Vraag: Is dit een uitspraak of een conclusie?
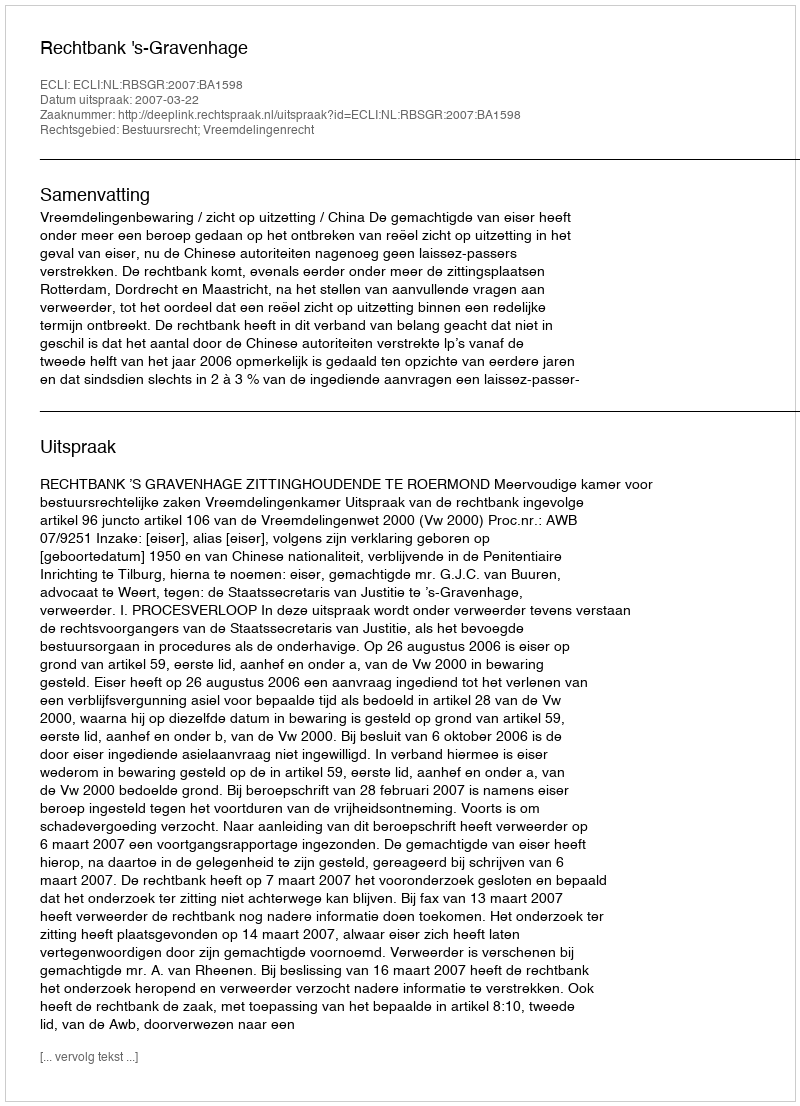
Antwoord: Uitspraak